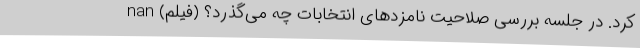
کرد. در جلسه بررسی صلاحیت نامزدهای انتخابات چه می‌گذرد؟ (فیلم) nan